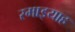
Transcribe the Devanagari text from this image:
रमाइयाह